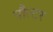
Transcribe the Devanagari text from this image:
पौल्टर